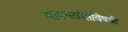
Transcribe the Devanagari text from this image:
ओपनसोर्सविषयी